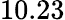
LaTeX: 10.23